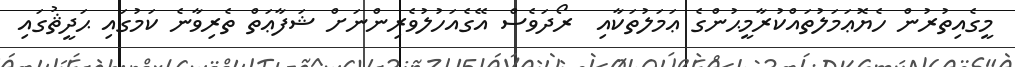
މީގެއިތުރުން ހެޔޮޢަމަލުތައްކުރާމީޙުންގެ ޢަމަލުތަކާއި  ރޯދަވެސް އޭގެއަހުލުވެރިންނަށް ޝަފާޢަތް ތެރިވާނެ ކަމުގައި ޙަދީޘުގައި